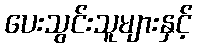
ပေးသွင်းသူများနှင့်